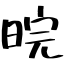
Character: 晥